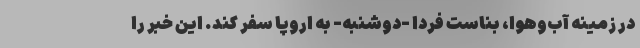
در زمینه آب‌وهوا، بناست فردا -‌دوشنبه- به اروپا سفر کند. این خبر را